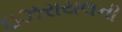
ઇઝરાયલની